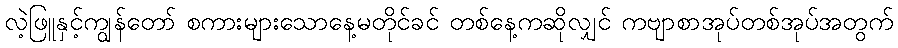
လဲ့ဖြူနှင့်ကျွန်တော် စကားများသောနေ့မတိုင်ခင် တစ်နေ့ကဆိုလျှင် ကဗျာစာအုပ်တစ်အုပ်အတွက်